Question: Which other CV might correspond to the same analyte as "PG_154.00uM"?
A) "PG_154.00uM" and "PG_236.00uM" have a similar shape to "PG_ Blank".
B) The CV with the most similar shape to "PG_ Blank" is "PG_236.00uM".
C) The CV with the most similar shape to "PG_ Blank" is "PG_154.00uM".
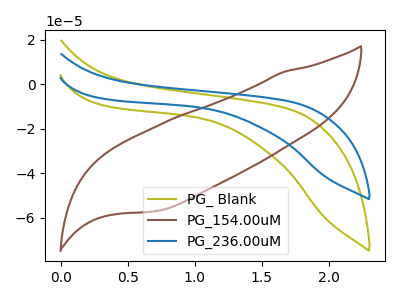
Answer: <think>The olive curve "PG_ Blank" has no peaks. The brown curve "PG_154.00uM" has no peaks. The blue curve "PG_236.00uM" has no peaks.
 Neither "PG_ Blank" or "PG_154.00uM" have any peaks. Neither "PG_ Blank" or "PG_236.00uM" have any peaks. Neither "PG_154.00uM" or "PG_236.00uM" have any peaks.</think>
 <answer>A) "PG_154.00uM" and "PG_236.00uM" have a similar shape to "PG_ Blank".</answer>
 <eval>A</eval>